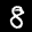
Label: 8